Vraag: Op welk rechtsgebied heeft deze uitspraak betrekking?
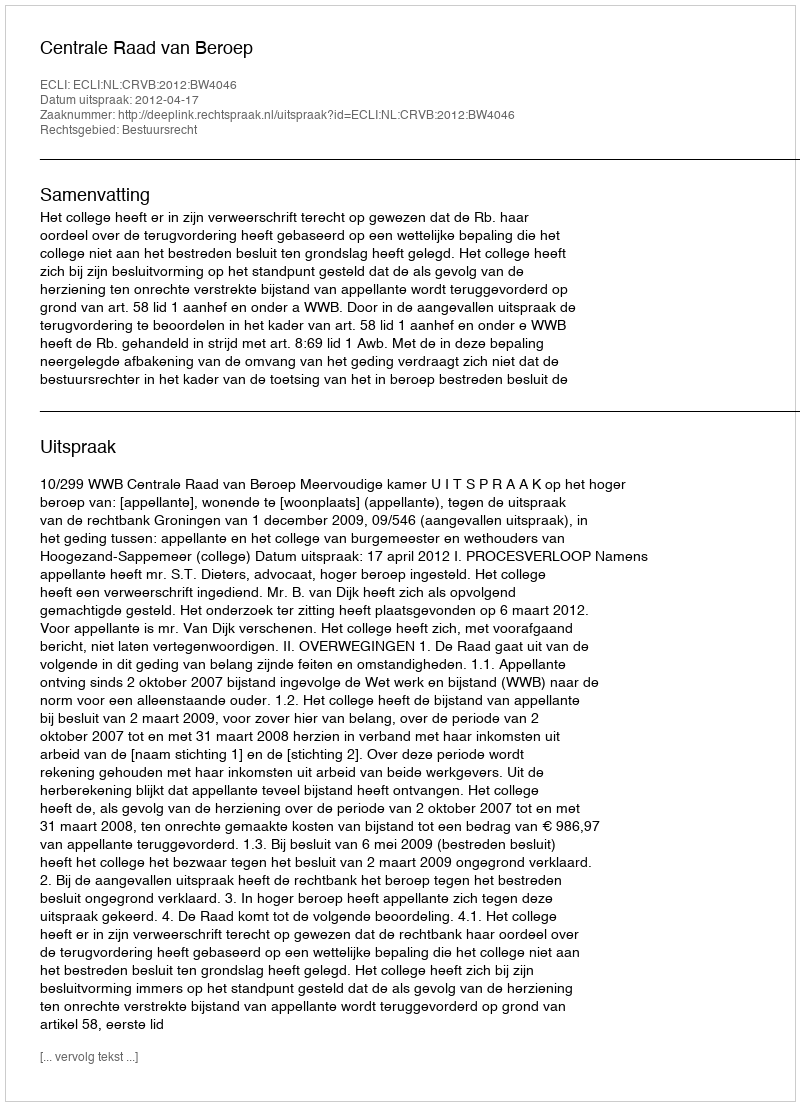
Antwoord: Bestuursrecht